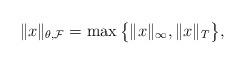
LaTeX: \begin{align*} \|x\|_{\theta,\mathcal{F}}= \max \big\{\|x\|_{\infty} , \|x\|_T \big\},\end{align*}